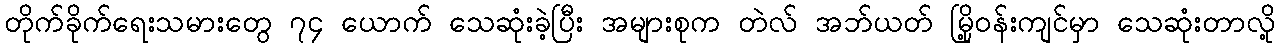
တိုက်ခိုက်ရေးသမားတွေ ၇၄ ယောက် သေဆုံးခဲ့ပြီး အများစုက တဲလ် အဘ်ယတ် မြို့ဝန်းကျင်မှာ သေဆုံးတာလို့